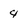
Character: 4